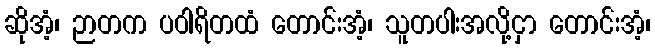
ဆိုအံ့၊ ဉာတက ပဝါရိတထံ တောင်းအံ့၊ သူတပါးအလို့ငှာ တောင်းအံ့၊